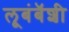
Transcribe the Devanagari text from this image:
लूबंबॅशी